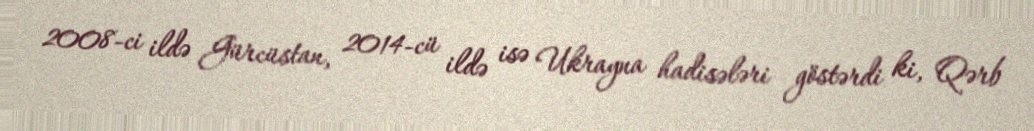
2008-ci ildə Gürcüstan, 2014-cü ildə isə Ukrayna hadisələri göstərdi ki, Qərb